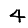
Digit: 4